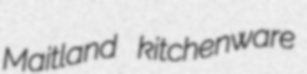
Maitland kitchenware